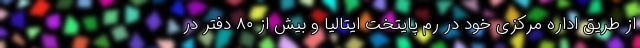
از طریق اداره مرکزی خود در رم پایتخت ایتالیا و بیش از ۸۰ دفتر در